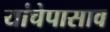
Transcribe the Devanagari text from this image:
यांचेपासाव